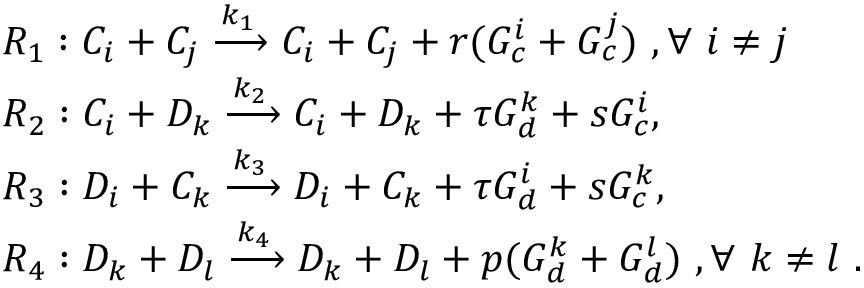
\begin{array} { r l } & { R _ { 1 } : C _ { i } + C _ { j } \xrightarrow { k _ { 1 } } C _ { i } + C _ { j } + r ( G _ { c } ^ { i } + G _ { c } ^ { j } ) ~ , \forall ~ i \ne j ~ } \\ & { R _ { 2 } : C _ { i } + D _ { k } \xrightarrow { k _ { 2 } } C _ { i } + D _ { k } + \tau G _ { d } ^ { k } + s G _ { c } ^ { i } , } \\ & { R _ { 3 } : D _ { i } + C _ { k } \xrightarrow { k _ { 3 } } D _ { i } + C _ { k } + \tau G _ { d } ^ { i } + s G _ { c } ^ { k } , } \\ & { R _ { 4 } : D _ { k } + D _ { l } \xrightarrow { k _ { 4 } } D _ { k } + D _ { l } + p ( G _ { d } ^ { k } + G _ { d } ^ { l } ) ~ , \forall ~ k \ne l ~ . } \end{array}